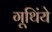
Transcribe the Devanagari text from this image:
गूथिंये